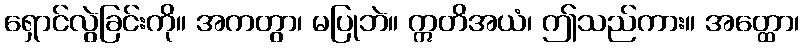
ရှောင်လွဲခြင်းကို။ အကတွာ၊ မပြုဘဲ။ ဣတိအယံ၊ ဤသည်ကား။ အတ္ထော၊